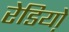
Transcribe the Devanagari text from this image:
रेडियो़